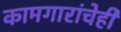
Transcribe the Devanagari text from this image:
कामगारांचेही